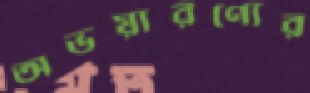
অভয়ারণ্যের